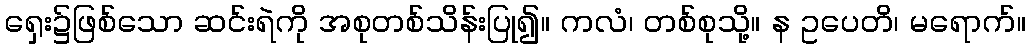
ရှေး၌ဖြစ်သော ဆင်းရဲကို အစုတစ်သိန်းပြု၍။ ကလံ၊ တစ်စုသို့။ န ဥပေတိ၊ မရောက်။